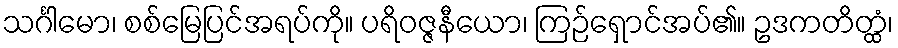
သင်္ဂါမော၊ စစ်မြေပြင်အရပ်ကို။ ပရိဝဇ္ဇနီယော၊ ကြဉ်ရှောင်အပ်၏။ ဥဒကတိတ္ထံ၊